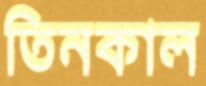
তিনকাল